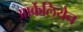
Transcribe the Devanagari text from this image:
आर्केलियेन